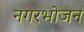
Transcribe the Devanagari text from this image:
नगरभोजन